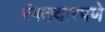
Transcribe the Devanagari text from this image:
रंगतदारपणे